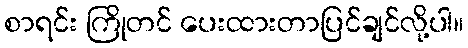
စာရင်း ကြိုတင် ပေးထားတာပြင်ချင်လို့ပါ။